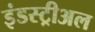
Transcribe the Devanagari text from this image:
इंडस्ट्रीअल